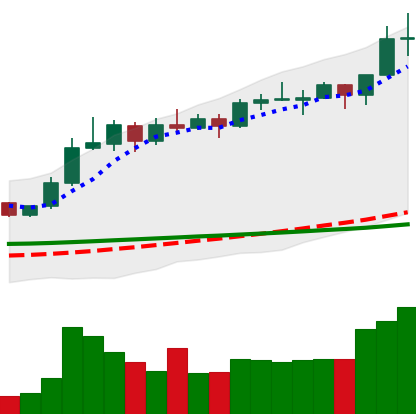
Ticker: ADA-USD
Chart end date: 2020-02-13
Forward return: -8.725%
Label: down_7plus